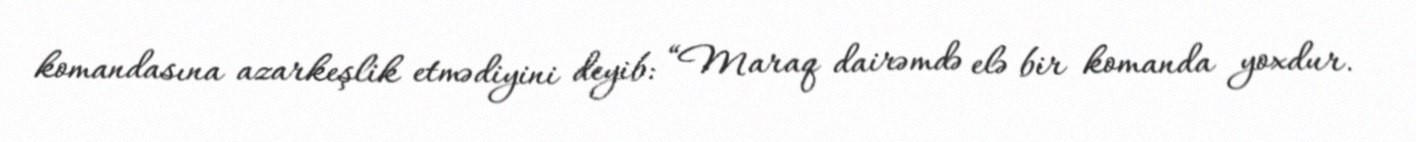
komandasına azarkeşlik etmədiyini deyib: “Maraq dairəmdə elə bir komanda yoxdur.